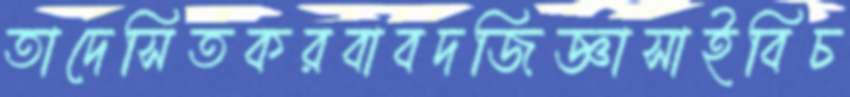
তাদেসিতকরবাবদজিজ্ঞাসাইবিচ